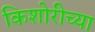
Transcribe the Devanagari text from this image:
किशोरीच्या